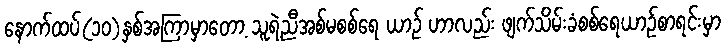
နောက်ထပ်(၁၀)နှစ်အကြာမှာတော့ သူရဲ့ညီအစ်မစစ်ရေ ယာဉ် ဟာလည်း ဖျက်သိမ်းခံစစ်ရေယာဉ်စာရင်းမှာ